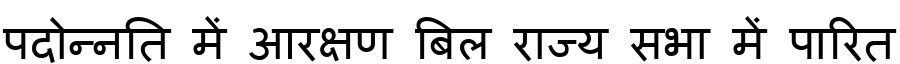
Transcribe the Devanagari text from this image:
पदोन्नति में आरक्षण बिल राज्य सभा में पारित